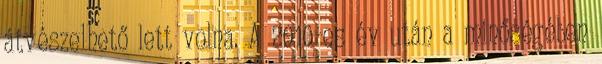
átvészelhető lett volna. A 2010-es év után a minőségében